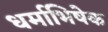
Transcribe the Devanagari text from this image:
धर्माभिषेक